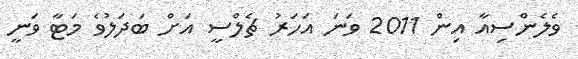
ވެލެންސިއާ އިން 2011 ވަނަ އަހަރު ޗެލްސީ އަށް ބަދަލުވެ މަޓާ ވަނީ